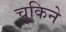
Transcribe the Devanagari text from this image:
चुकिने